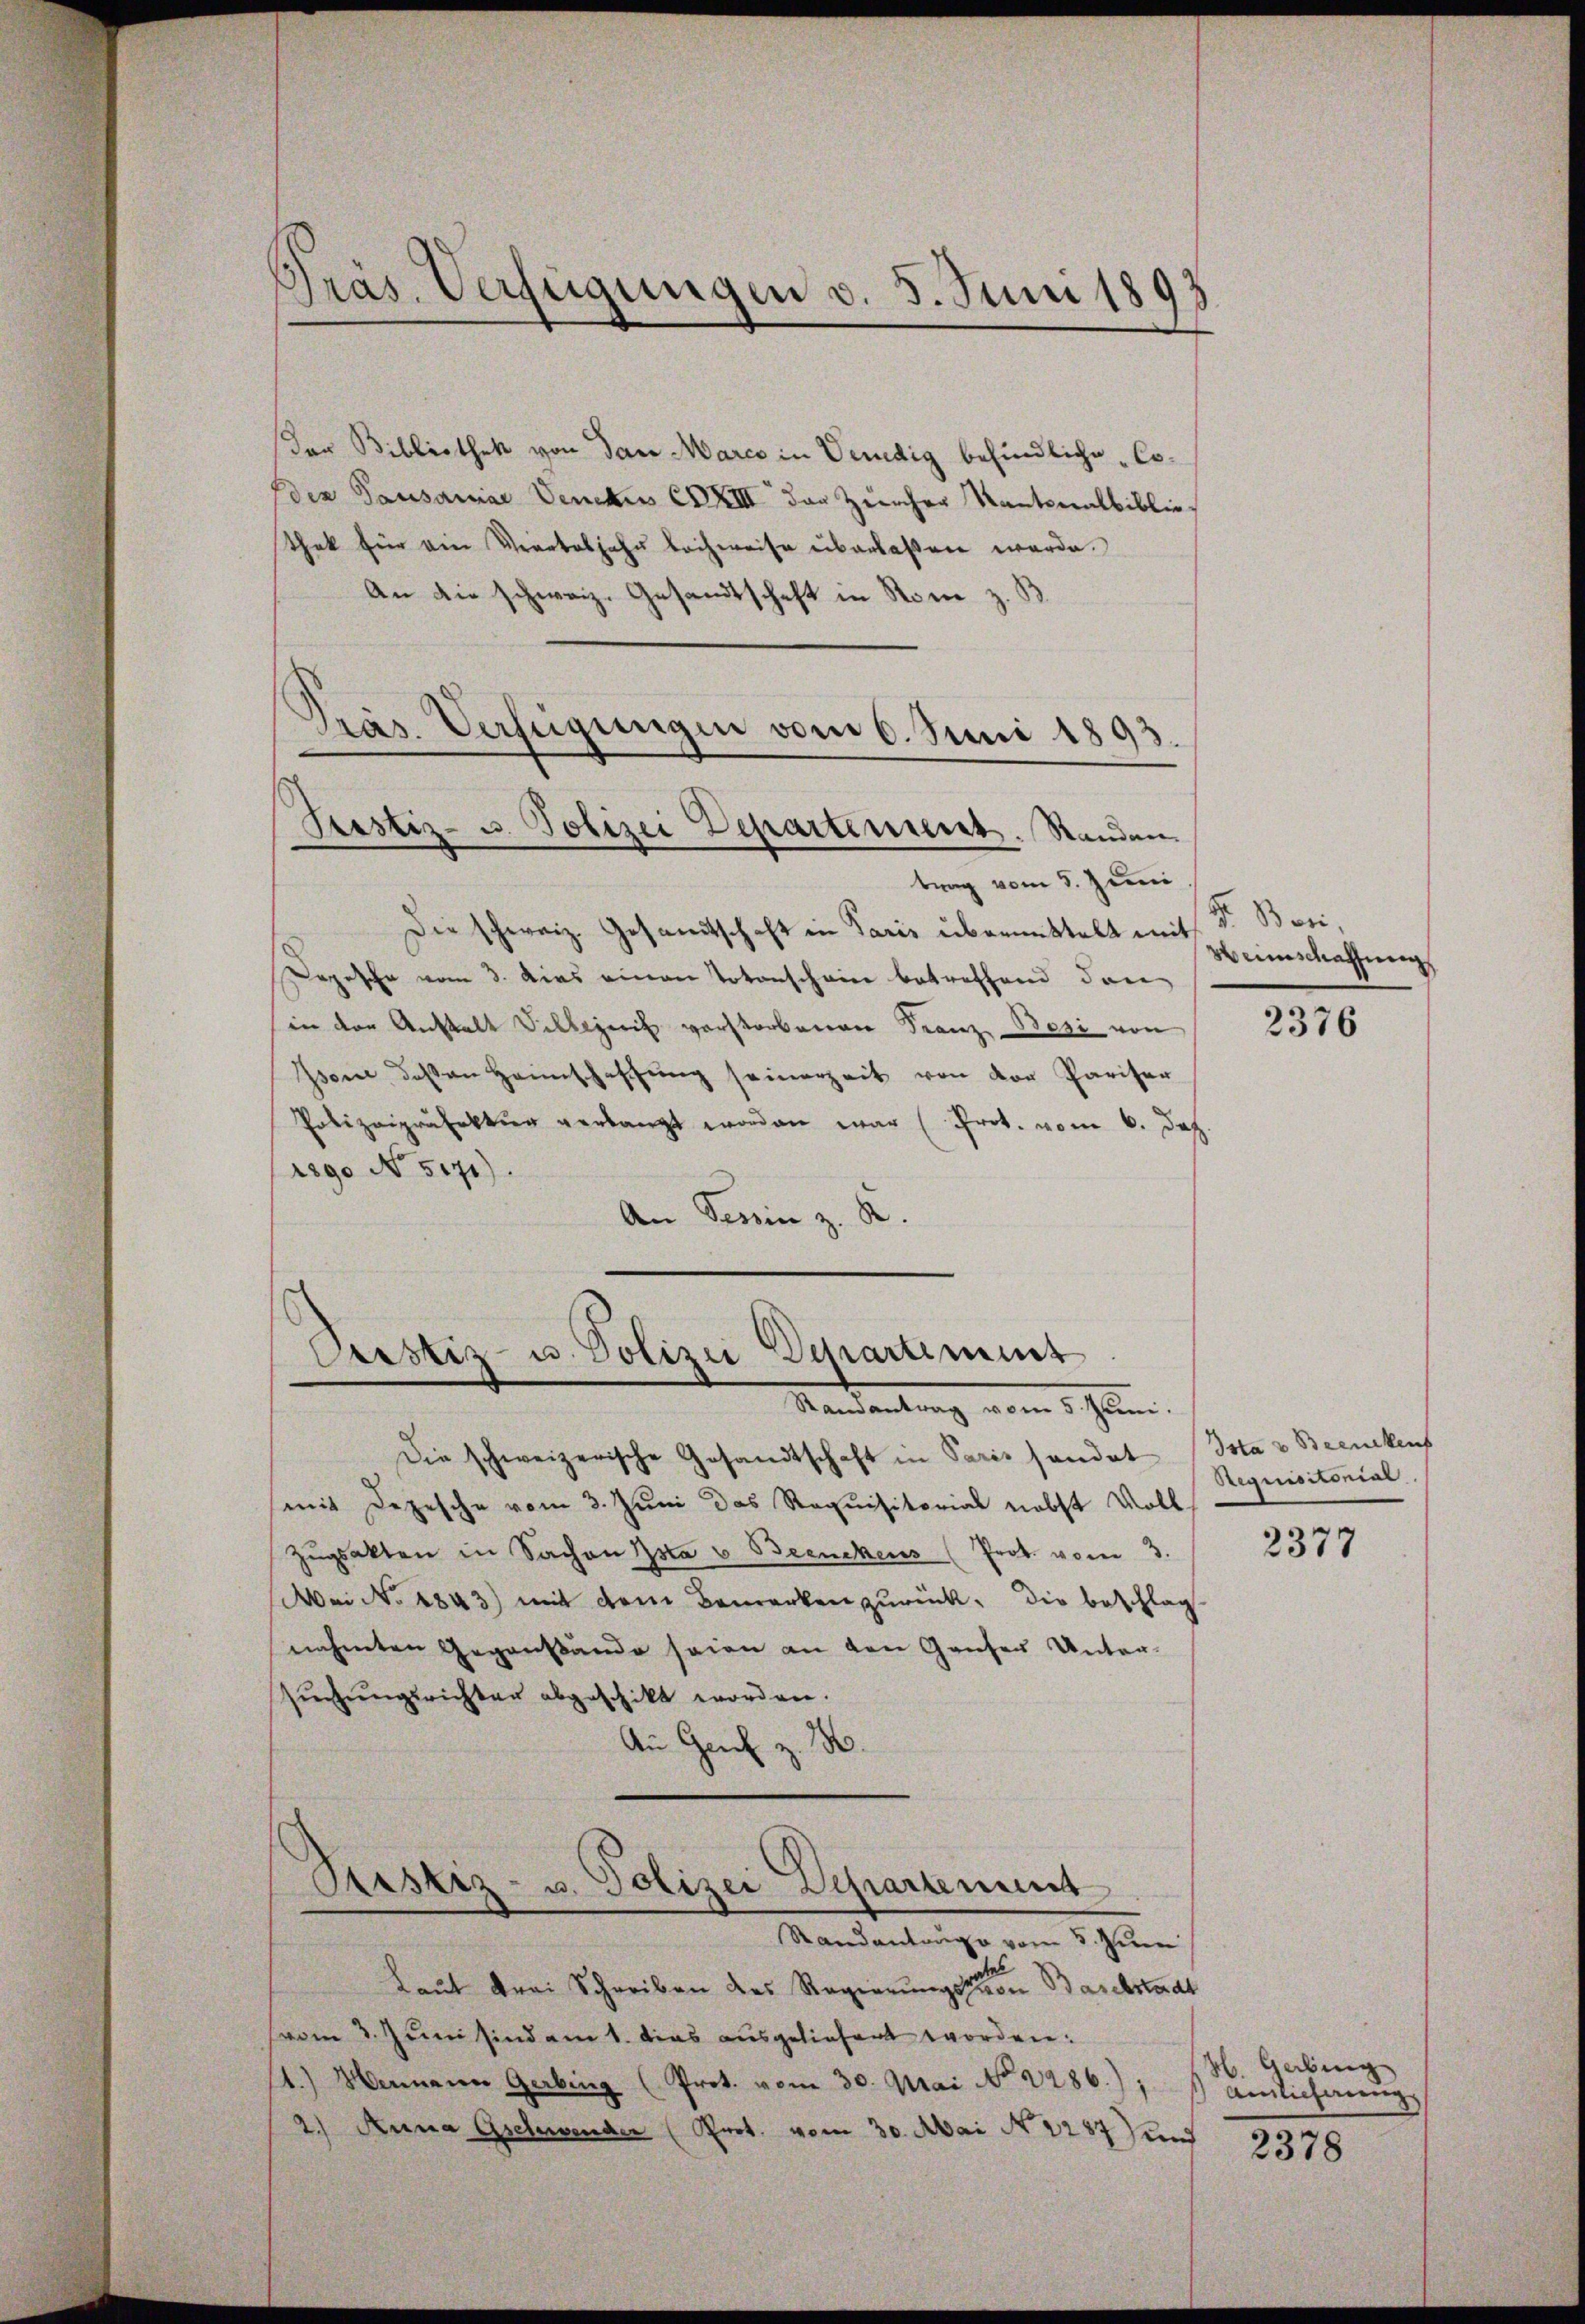
Präs. Verfügungen v. 5. Juni 185
9

er Bibliothek von dan Marco in Vendig befindliche Co¬
(der Pausaniae Venekus XXIII der Zürcher Kantonalbibliothek für ein Verarteljahr bachweise überlassen werde.
.
An die schweiz. Gesandtschaft in Rom z
trag vom 5. Juni
Die schweiz. Gesamtschaft in Paris übermittelt mit
Depesche vom 3. Das einen Totenscheine betreffend dan
in der Anstalt Dillezeit verstorbenen Franz Besi von
Isone deßen Heimschaffŭng seinerzeit von der Pariser
Polizeipräfektur verlangt worden war (Prot. vom 6. Jah
1890 No 5171).
An Semin z. R.

Pras. Verfügungen vom 6. Juni 1893.
Pestiz- u. Polizei Departement. Standen.

Custiz- u. Polizei Departement
Randantrag vom 5. Juni.

Die schweizerische Gesandtschaft in Paris handet (Istav Beenckens
mit Depesche vom 3. Juni das Requisitorial nebst Voll
Zŭgsakten in Sachen Estav Beenckens (Prot. vom 3.
Mai No 1843) mit dem Bemerken zurück, die Beschlag
nahmten Gegenstände seien an den Ganzer Unter-
suchungsrichter abgeschikt worden.
An Genf z. 18

Ristiz- u. Polizei Departement
Standantrage vom 5. Juni

Laŭt drei Schreiben des Regierŭngsston Baselstadt
(vom 3. Juni sind am 1. das ausgeliefert worden.
1.) Henneren Gerbing (Prot. vom 30. Mai No 2286.);
2.) Anna Gschwender (Prot. vom 30. Mai N 2287) und

Fr. Beri
Weinschaffung

2376

Requisitonial

2377

H. Gebing
Aimlicherung

2378